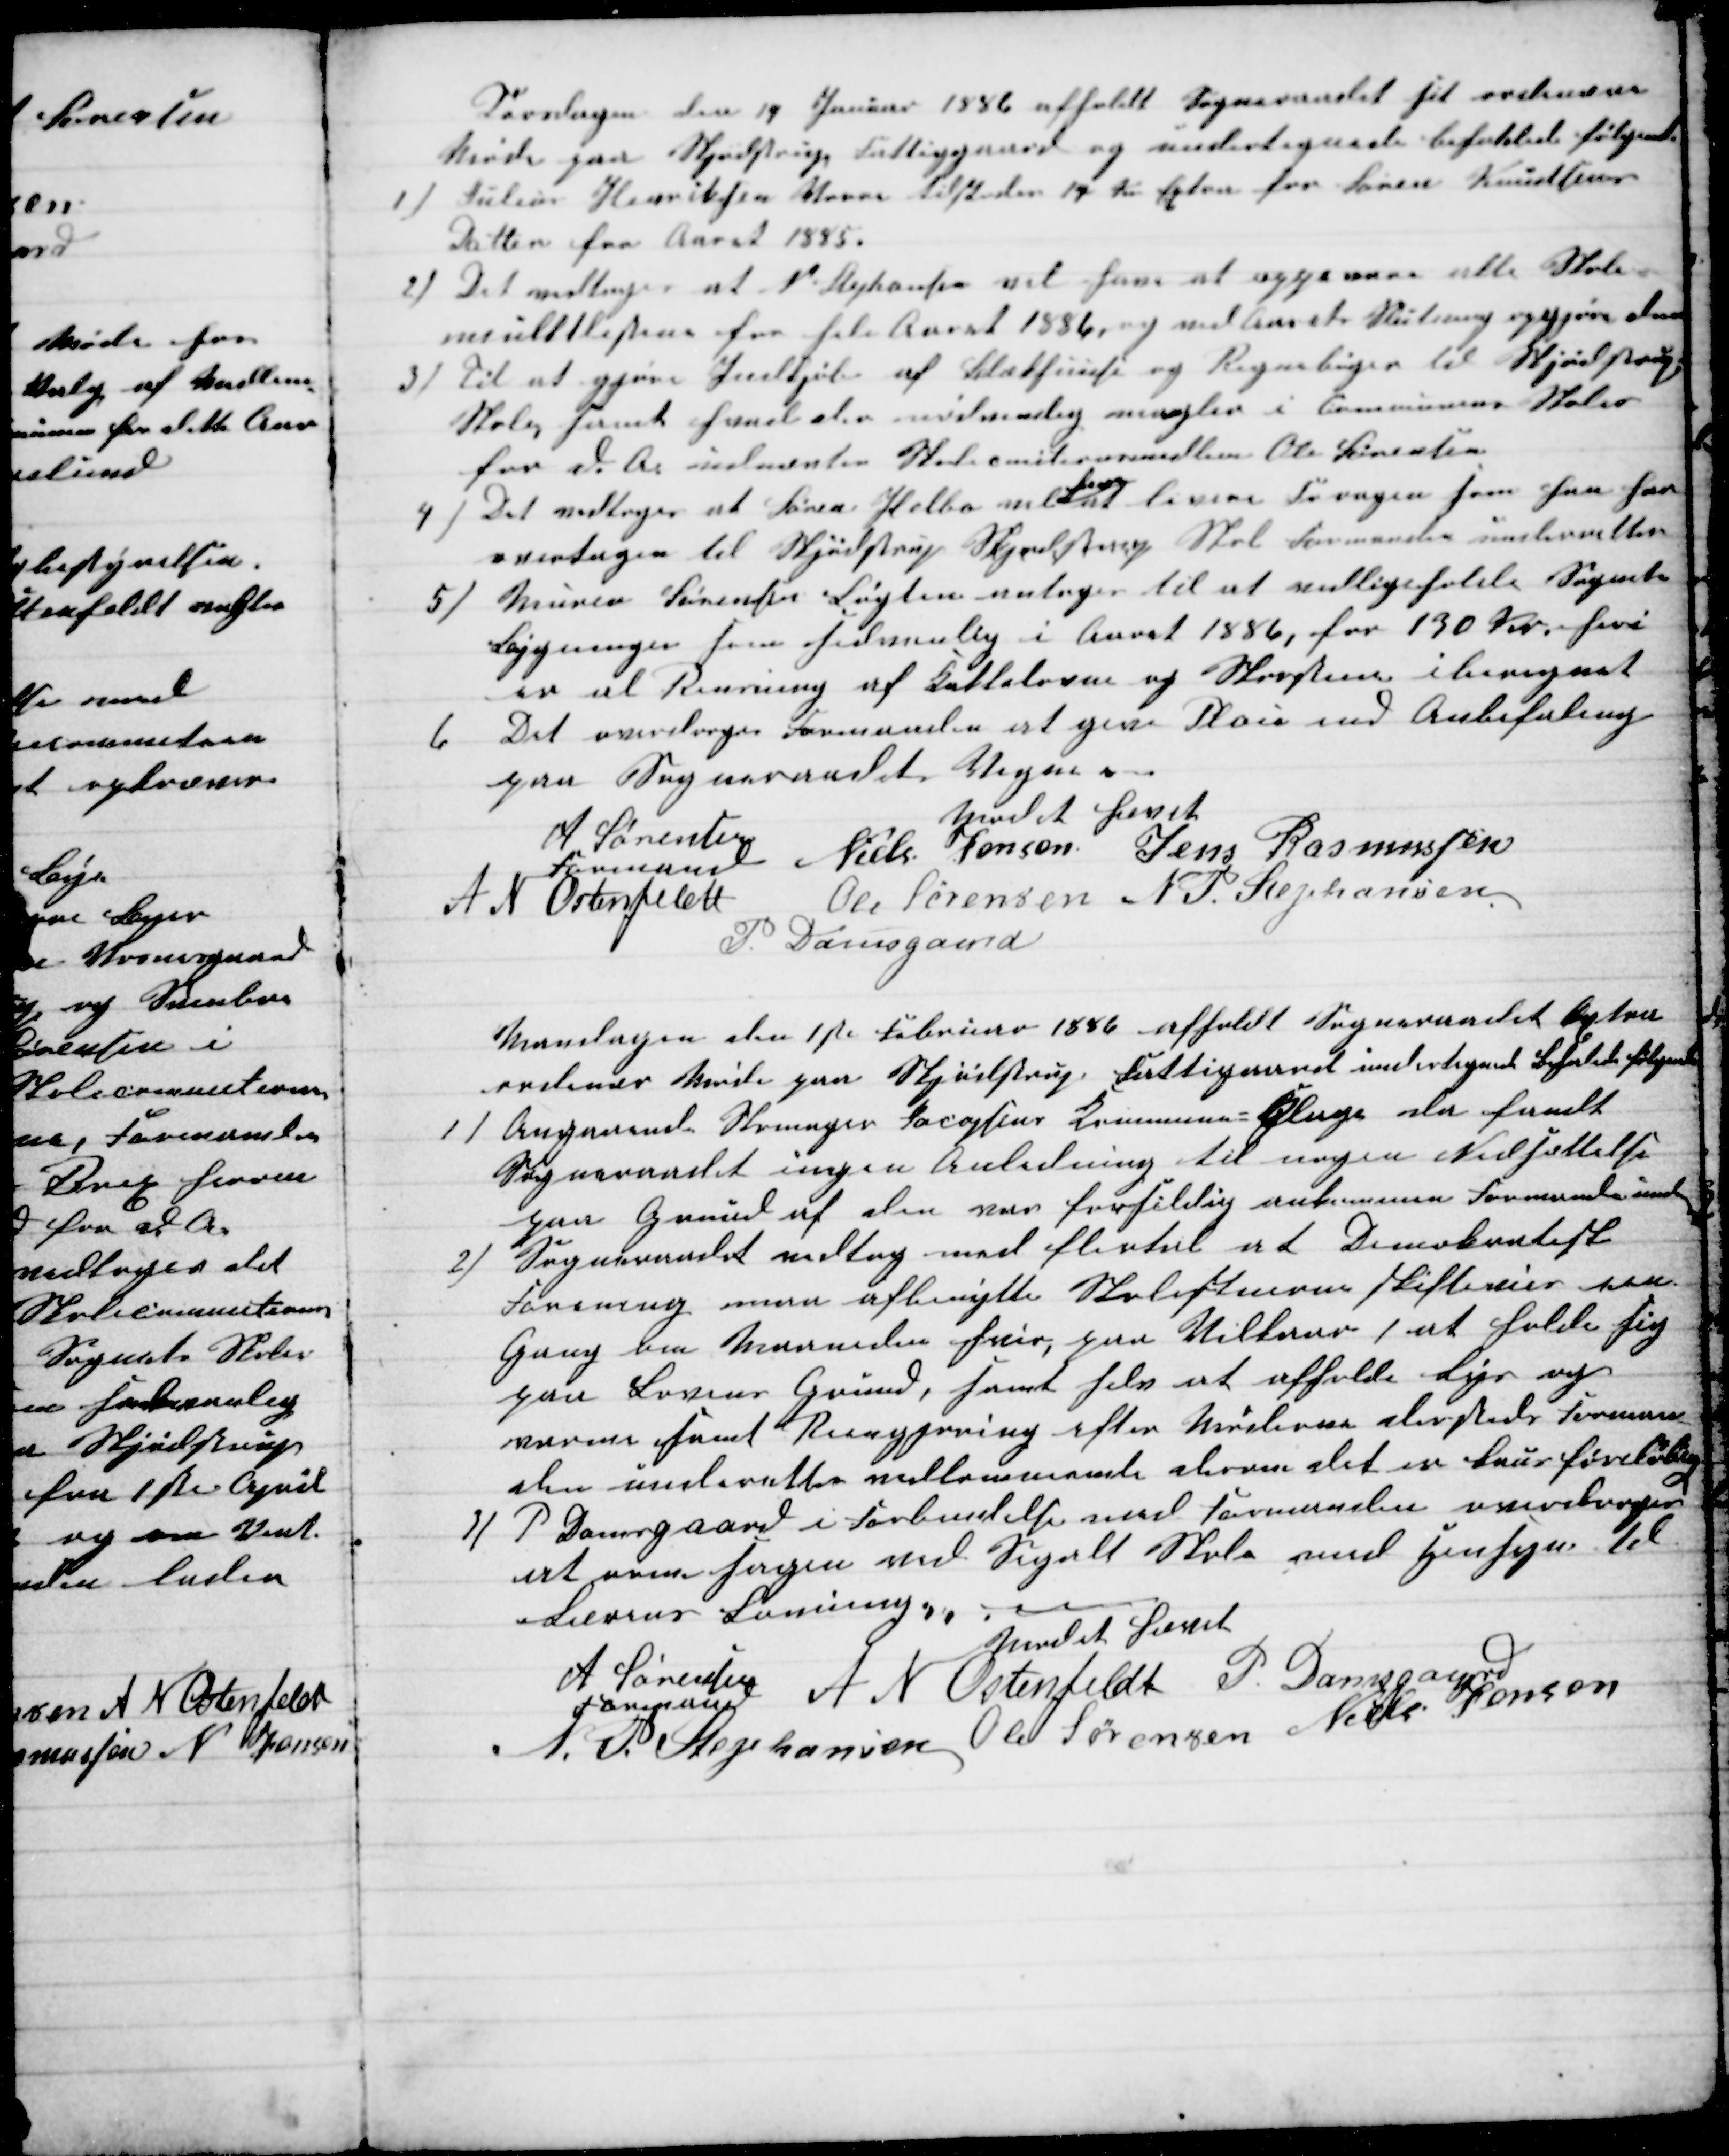
Transskription:
Torsdagen den 14 Januar 1886 afholdt Sogneraadet sit ordinære
Møde paa Skjødstrup Fattiggaard og undertegnede behanlede følgende
1)
Julius Henriksen Vorre tilstodes 14 Kr Extra for Søren Knudsens
Datter for Aaret 1885.
2) Det vedtoges at N. Stephansen vil have at oppevare alle Skole-
mulktlistene for hele Aaret 1886, og ved Aarets Slutning opgjøre dem
3) Til at gjøre Indkjøb af Blækhuus og Regnebøger til Skjødstrup
Skole, samt hvad der nødvendig mangler i Communens Skoler
for d. A. udnævtes Skolecomitionsmedlem Ole Sørensen
4). Det vedtoges at Søren Helbo vil 
have
at levere Foragen som han har
overtagen til Skjødstrup Skjødstrup Skole Formanden underretter
5) Murer Sørensen Løgten antages til at vedligeholde Sognets
Bygninger som sedvanlig i Aaret 1886, for 130 Kr, heri
er al Rensning af Kakkelovne og Skorstene iberegnet
6
Det overdroges Formanden at give Plou end Anbefaling
paa Sogneraadets Vegne.
Mødet hævet
A Sørensen
Formand
Niels Jensen Jens Rasmussen
A N Ostenfeldt
Ole Sørensen N. P. Stephansen
P. Damsgaard
Mandagen den 1ste Februar 1886 afholdt Sogneraadet Extra
ordinær Møde paa Skjødstrup Fattiggaard undertegnede behanlede følgende
1)
Angaaende Skomager Jacopsens Kommune=Klage da fandt
Sogneraadet ingen Anledning til nogen Nedsættelse
paa Grund af den var forsildig ankommen Formanden underretter
2)
Sogneraadet vedtog med flertal at Demokratisk
Forening maa afbenytte Skolestuerne Skifteviis een
Gang om Maaneden hver, paa Vilkaar / at holde sig
paa Lovens Grund, samt selv at afholde Lys og
varme samt Rengøring efter Møderne dersteds Forman-
den underetter mellemmande derom det er Bus foreløbig
3)
P Damsgaard i Forbindelse med Formanden overdroges
at orne sagen med Segalt Skole med Hensyn til
Lærens Lønning.
Mødet hævet
A Sørensen
Formand
A N Ostenfeldt P Damsgaard
N. P Stephansen Ole Sørensen Niels Jensen